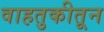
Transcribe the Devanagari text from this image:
वाहतुकीतून